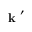
\mathrm { ~ \bf ~ k ~ } ^ { \prime }